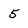
Character: 5